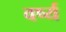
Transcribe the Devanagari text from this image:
वर्ष्य